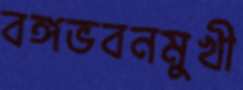
বঙ্গভবনমুখী